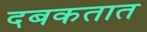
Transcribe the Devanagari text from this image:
दबकतात